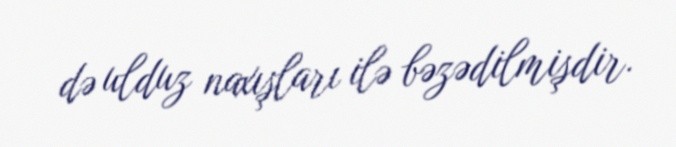
də ulduz naxışları ilə bəzədilmişdir.